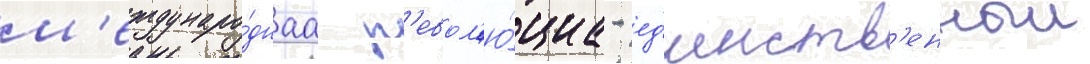
м'еждунаро́днаа р'евол'ю́циа - ед'инств'енныи